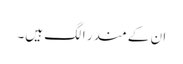
ان کے مندر الگ ہیں۔